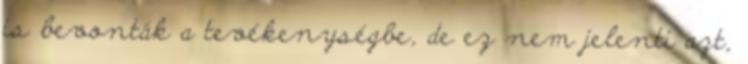
is bevonták a tevékenységbe, de ez nem jelenti azt,